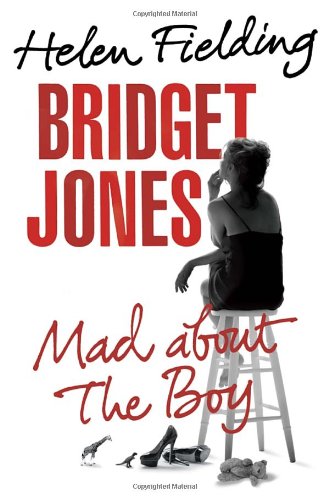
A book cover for Bridget Jones: Mad About the Boy; Helen Fielding; Literature & Fiction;